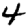
Digit: 4